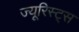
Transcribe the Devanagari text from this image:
ज्यूरिस्ट्स